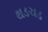
થડચડ